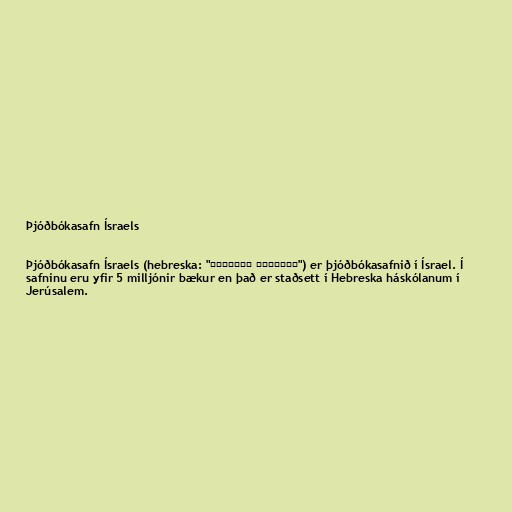
Þjóðbókasafn Ísraels

Þjóðbókasafn Ísraels (hebreska: "הספרייה הלאומית") er þjóðbókasafnið í Ísrael. Í
safninu eru yfir 5 milljónir bækur en það er staðsett í Hebreska háskólanum í
Jerúsalem.